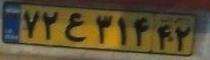
۷۲ع۳۱۴۴۲